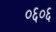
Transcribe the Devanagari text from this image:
०६०६